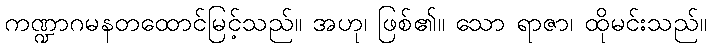
ကဏ္ဍာဂမနတထောင်မြင့်သည်။ အဟု၊ ဖြစ်၏။ သော ရာဇာ၊ ထိုမင်းသည်။